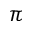
\pi